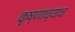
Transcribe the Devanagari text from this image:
कृष्णाच्याच